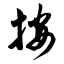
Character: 按